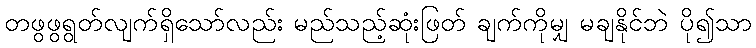
တဖွဖွရွတ်လျက်ရှိသော်လည်း မည်သည့်ဆုံးဖြတ် ချက်ကိုမျှ မချနိုင်ဘဲ ပို၍သာ